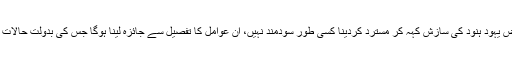
ناکامیوں کو محض یہود ہنود کی سازش کہہ کر مسترد کردینا کسی طور سودمند نہیں، ان عوامل کا تفصیل سے جائزہ لینا ہوگا جس کی بدولت حالات یہاں تک پہنچے۔